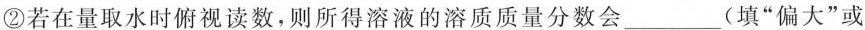
②若在量取水时俯视读数，则所得溶液的溶质质量分数会___(填”偏大”或